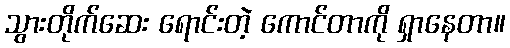
သွားတိုက်ဆေး ရောင်းတဲ့ ကောင်တာကို ရှာနေတာ။